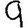
Digit: 9